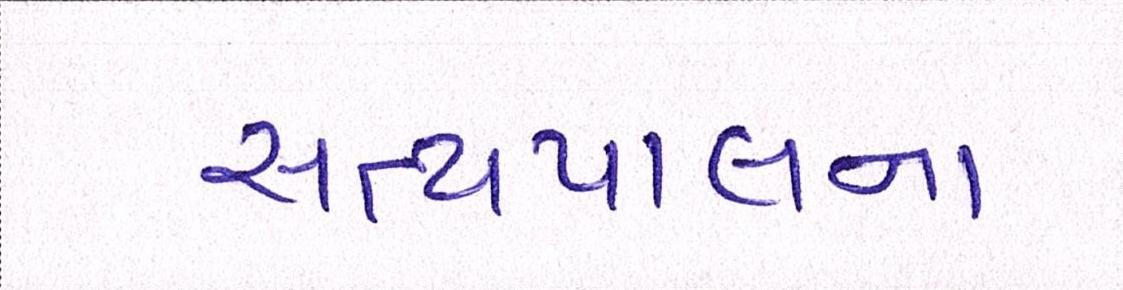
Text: સત્યપાલના